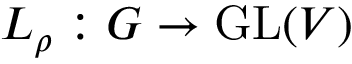
L _ { \rho } : G \to { \mathrm { G L } } ( V )